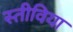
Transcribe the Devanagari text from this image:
स्तीविया